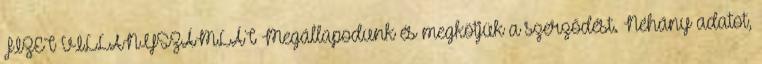
FIZET VILLANYSZÁMLÁT Megállapodunk és megkötjük a szerződést. Néhány adatot,